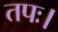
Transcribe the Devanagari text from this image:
तपः।